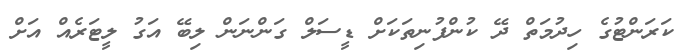
ކަރަންޓުގެ ހިދުމަތް ދޭ ކުންފުނިތަކަށް ޑީސަލް ގަންނަން ލިބޭ އަގު ލީޓަރެއް އަށް